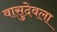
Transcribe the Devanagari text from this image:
वासुदेवला